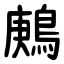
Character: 鶊